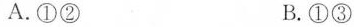
A.①② B.①③